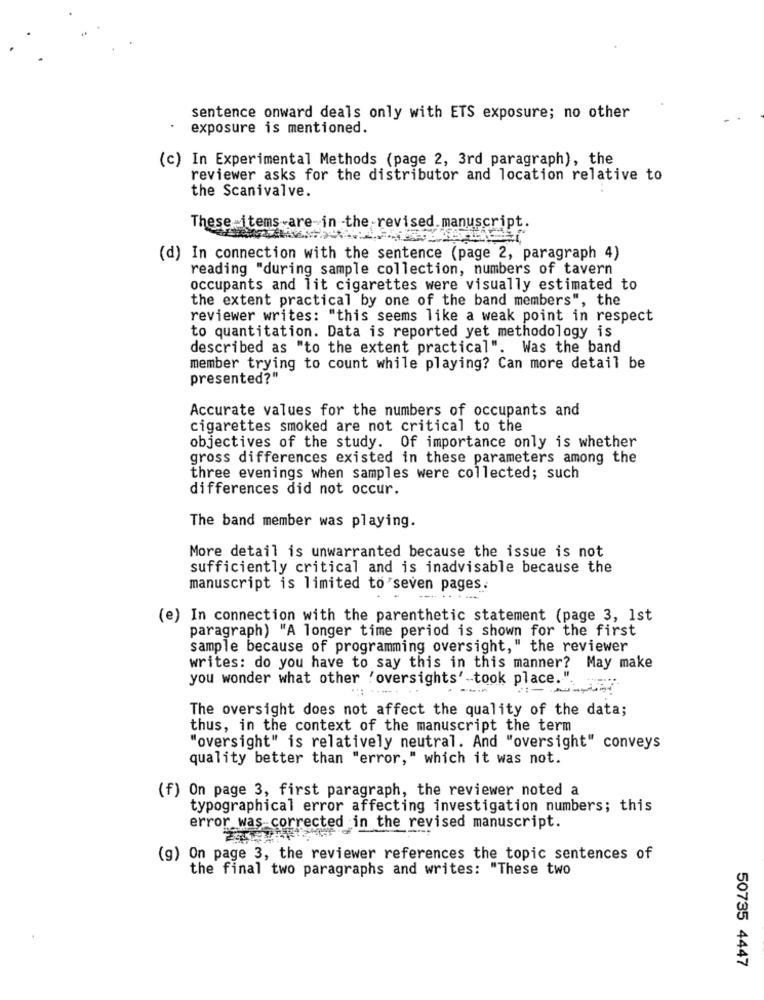
sentence onward deals only with ETS exposure; no other
exposure is mentioned.
(c) In Experimental Methods (page 2, 3rd paragraph), the
reviewer asks for the distributor and location relative to
the Scanivalve.
These items are in the revised.manuscript.
(d) In connection with the sentence (page 2, paragraph 4)
reading "during sample collection, numbers of tavern
occupants and lit cigarettes were visually estimated to
the extent practical by one of the band members", the
reviewer writes: "this seems like a weak point in respect
to quantitation. Data is reported yet methodology is
described as "to the extent practical". Was the band
member trying to count while playing? Can more detail be
presented?"
Accurate values for the numbers of occupants and
cigarettes smoked are not critical to the
objectives of the study. Of importance only is whether
gross differences existed in these parameters among the
three evenings when samples were collected; such
differences did not occur.
The band member was playing.
More detail is unwarranted because the issue is not
sufficiently critical and is inadvisable because the
manuscript is limited to seven pages .
(e) In connection with the parenthetic statement (page 3, 1st
paragraph) "A longer time period is shown for the first
sample because of programming oversight," the reviewer
writes: do you have to say this in this manner? May make
you wonder what other "oversights' -took place .. ".
The oversight does not affect the quality of the data;
thus, in the context of the manuscript the term
"oversight" is relatively neutral. And "oversight" conveys
quality better than "error," which it was not.
(f) On page 3, first paragraph, the reviewer noted a
typographical error affecting investigation numbers; this
error was corrected in the revised manuscript.
(g) On page 3, the reviewer references the topic sentences of
the final two paragraphs and writes: "These two
50735 4447